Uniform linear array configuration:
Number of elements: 32
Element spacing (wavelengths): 1
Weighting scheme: cosine
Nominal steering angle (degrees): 30
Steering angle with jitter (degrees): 31.851
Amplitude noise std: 0.05
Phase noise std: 0.05

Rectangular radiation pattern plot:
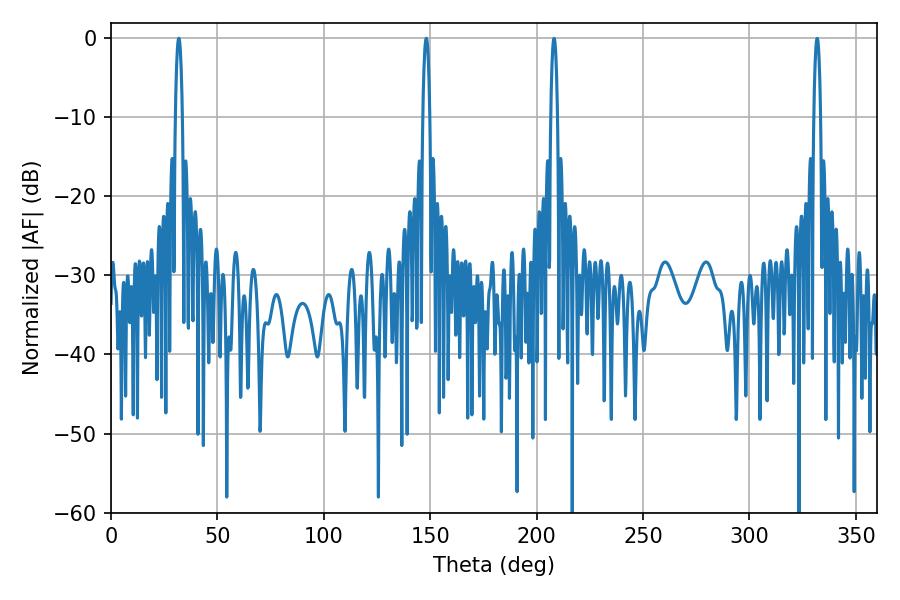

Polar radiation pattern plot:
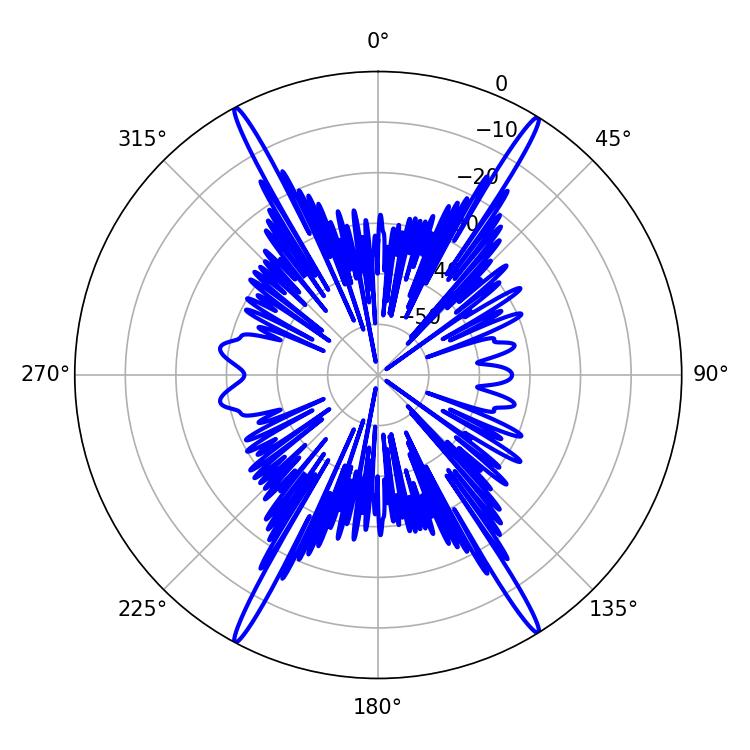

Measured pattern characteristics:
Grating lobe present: TRUE
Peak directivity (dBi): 26.009
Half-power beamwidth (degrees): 1.8
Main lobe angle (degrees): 31.86